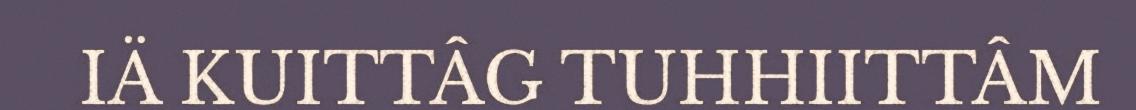
IÄ KUITTÂG TUHHIITTÂM